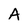
Character: A